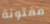
مفتونة